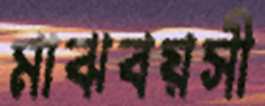
মাঝবয়সী